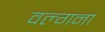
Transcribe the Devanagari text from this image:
वल्गना